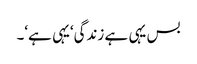
بس یہی ہے زندگی‘یہی ہے‘۔